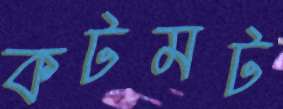
কটমট